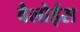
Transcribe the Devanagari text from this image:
वैलोईस